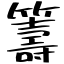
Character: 籌